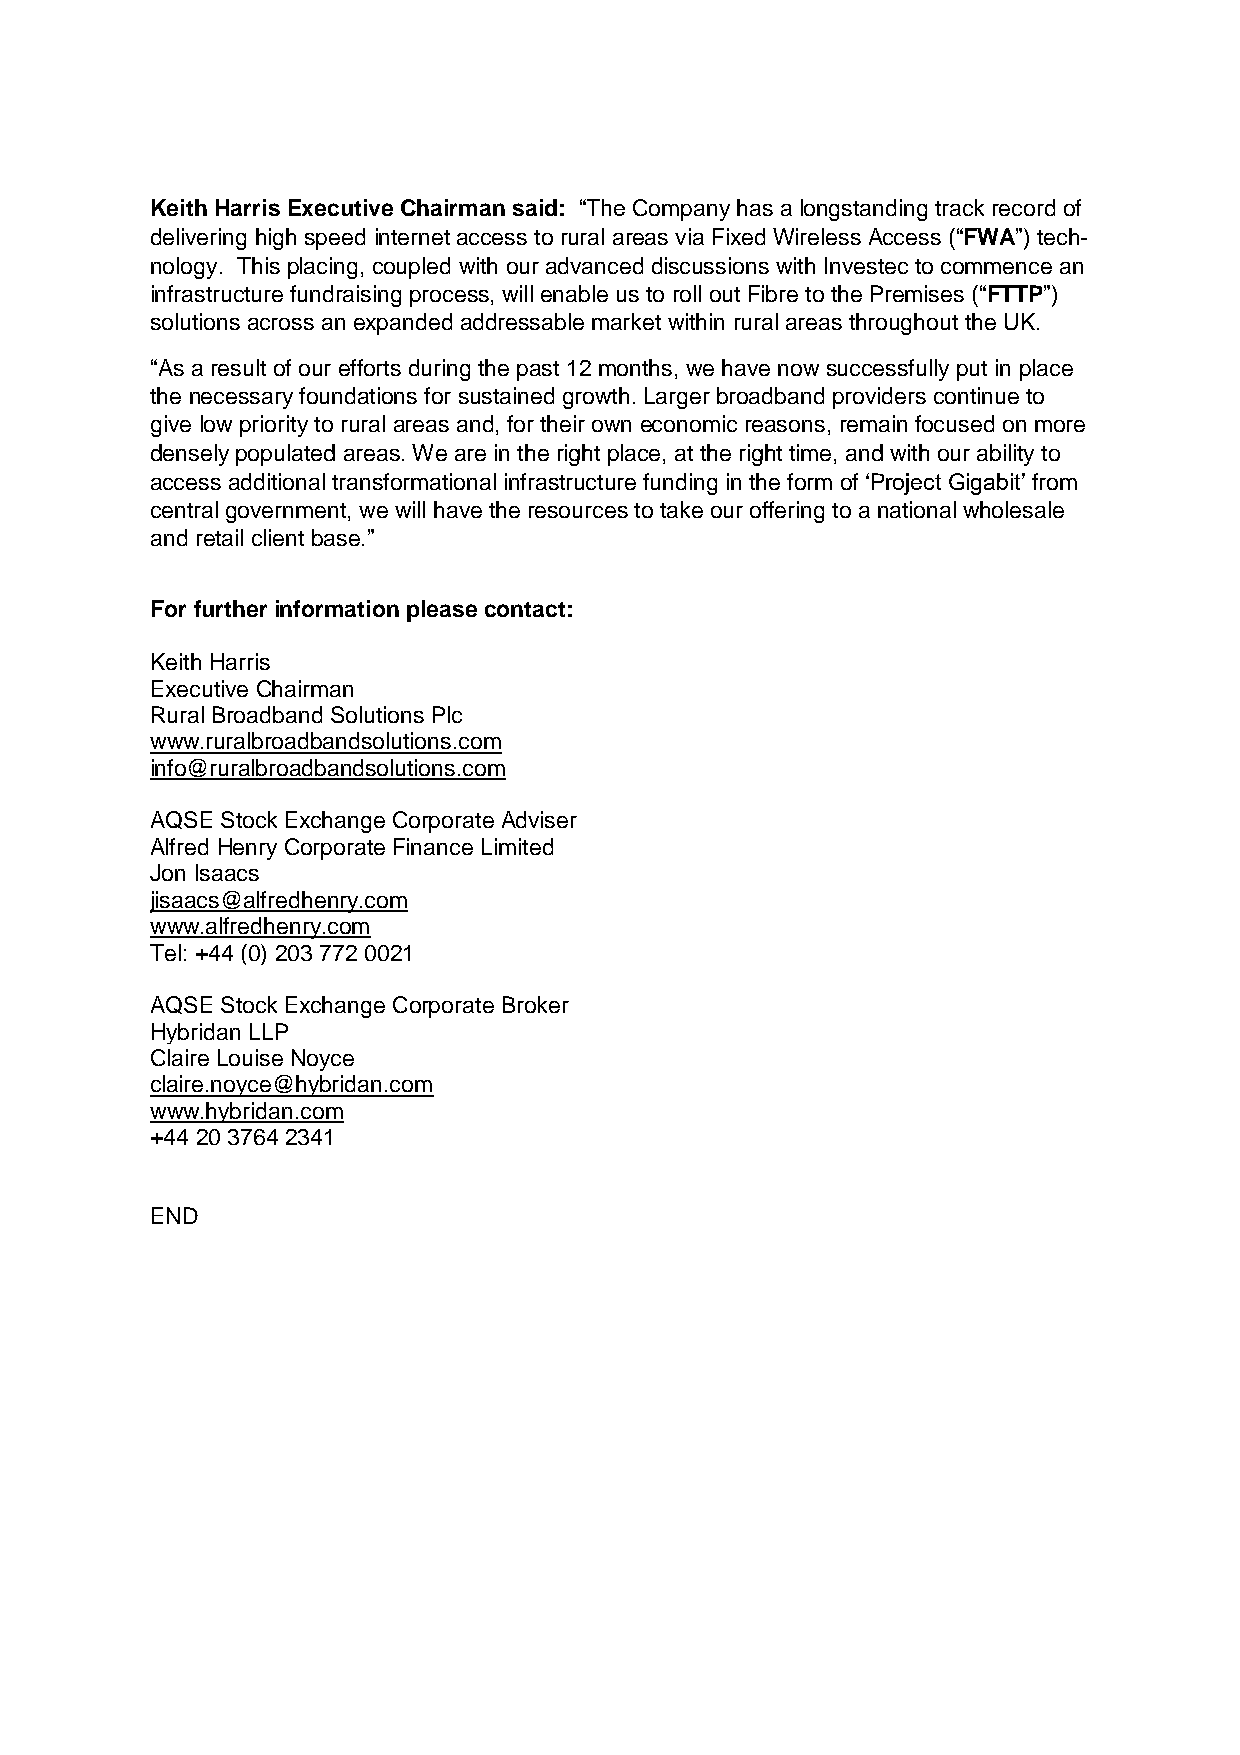
Keith Harris Executive Chairman said: “The Company has a longstanding track record of
 delivering high speed internet access to rural areas via Fixed Wireless Access (“FWA”) tech-
 nology. This placing, coupled with our advanced discussions with Investec to commence an
 infrastructure fundraising process, will enable us to roll out Fibre to the Premises (“FTTP”)
 solutions across an expanded addressable market within rural areas throughout the UK.
 “As a result of our efforts during the past 12 months, we have now successfully put in place
 the necessary foundations for sustained growth. Larger broadband providers continue to
 give low priority to rural areas and, for their own economic reasons, remain focused on more
 densely populated areas. We are in the right place, at the right time, and with our ability to
 access additional transformational infrastructure funding in the form of ‘Project Gigabit’ from
 central government, we will have the resources to take our offering to a national wholesale
 and retail client base.”
 For further information please contact:
 Keith Harris
 Executive Chairman
 Rural Broadband Solutions Plc
 www.ruralbroadbandsolutions.com
 info@ruralbroadbandsolutions.com
 AQSE Stock Exchange Corporate Adviser
 Alfred Henry Corporate Finance Limited
 Jon Isaacs
 jisaacs@alfredhenry.com
 www.alfredhenry.com
 Tel: +44 (0) 203 772 0021
 AQSE Stock Exchange Corporate Broker
 Hybridan LLP
 Claire Louise Noyce
 claire.noyce@hybridan.com
 www.hybridan.com
 +44 20 3764 2341
 END